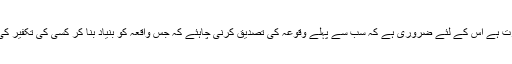
شخصی تکفیر کے مسئلہ میں بہت زیادہ احتیاط کی ضرورت ہے اس کے لئے ضروری ہے کہ سب سے پہلے وقوعہ کی تصدیق کرنی چاہئے کہ جس واقعہ کو بنیاد بنا کر کسی کی تکفیر کی جارہی ہے کیا واقعی ایسا معاملہ وقوع پزیر ہوا بھی ہے؟